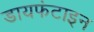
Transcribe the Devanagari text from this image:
डायफंटाइन